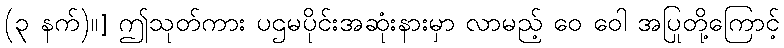
(၃ နက်)။] ဤသုတ်ကား ပဌမပိုင်းအဆုံးနားမှာ လာမည့် ဝေ ဝေါ အပြုတို့ကြောင့်